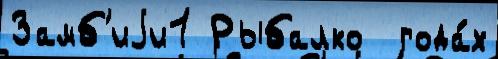
Замб'иjи1 Рыбалко  года́х